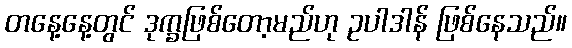
တနေ့နေ့တွင် ဒုက္ခဖြစ်တော့မည်ဟု ဥပါဒါန် ဖြစ်နေသည်။